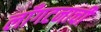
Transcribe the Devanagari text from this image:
लाँगटनाची